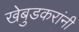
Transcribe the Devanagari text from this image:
खेबुडकरांनी